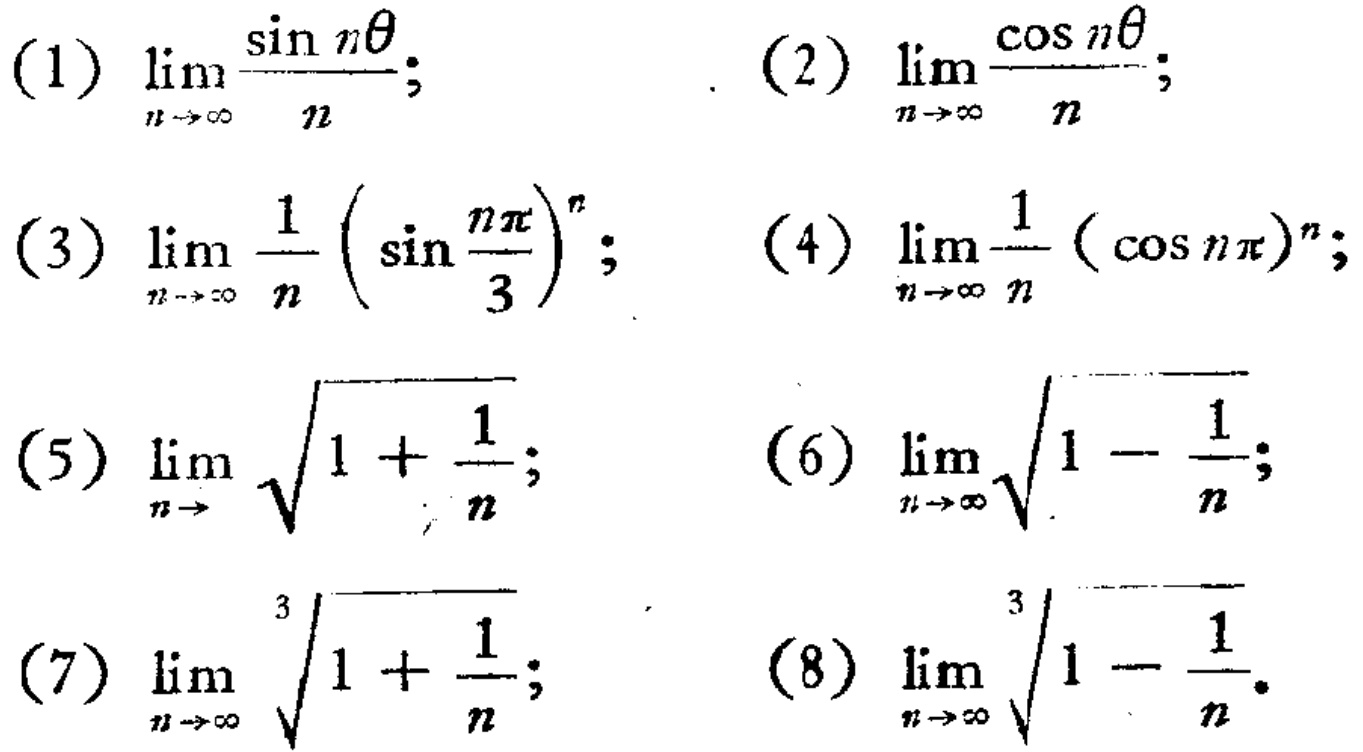
(1) $\lim_{n \to \infty} \frac{\sin n\theta}{n}$; (2) $\lim_{n \to \infty} \frac{\cos n\theta}{n}$;

(3) $\lim_{n \to \infty} \frac{1}{n} \left(\sin \frac{n\pi}{3}\right)^n$; (4) $\lim_{n \to \infty} \frac{1}{n} (\cos n\pi)^n$;

(5) $\lim_{n \to \infty} \sqrt{1 + \frac{1}{n}}$; (6) $\lim_{n \to \infty} \sqrt{1 - \frac{1}{n}}$;

(7) $\lim_{n \to \infty} \sqrt[3]{1 + \frac{1}{n}}$; (8) $\lim_{n \to \infty} \sqrt[3]{1 - \frac{1}{n}}$.